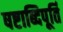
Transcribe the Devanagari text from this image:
षष्टाब्दिपूर्ति